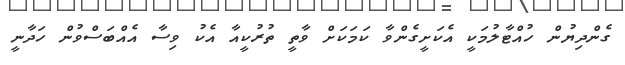
ގެންދިޔުން ހުއްޓާލުމަކީ އެކަށީގެންވާ ކަމަކަށް ވާތީ ތުރުކީއާ އެކު ވިސާ އެއްބަސްވުން ހަދާނީ